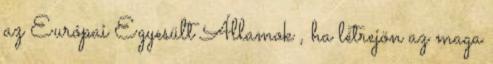
az Európai Egyesült Államok , ha létrejön az maga